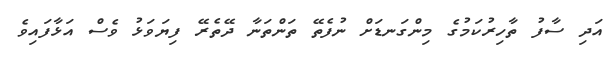
އަދި ސާފު ތާހިރުކަމުގެ މިންގަނޑަށް ނުފެތޭ ތަންތަނާ ދޭތެރޭ ފިޔަވަޅު ވެސް އަޅާފައިވެ